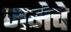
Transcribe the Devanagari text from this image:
जमेचे